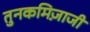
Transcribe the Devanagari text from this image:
तुनकमिज़ाजी